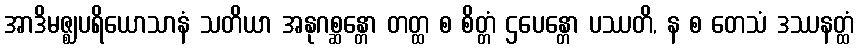
အာဒိမဇ္ဈပရိယောသာနံ သတိယာ အနုဂစ္ဆန္တော တတ္ထ စ စိတ္တံ ဌပေန္တော ပဿတိ, န စ တေသံ ဒဿနတ္ထံ